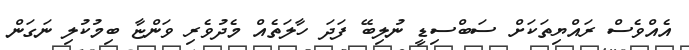
އެއްވެސް ރައްޔިތަކަށް ސަބްސިޑީ ނުލިބޭ ފަދަ ހާލަތެއް މެދުވެރި ވަންޏާ ބިމުކުލި ނަގަން